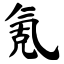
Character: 氪